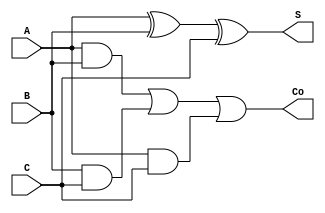
module CSA_Cell(
    input wire A,
    input wire B,
    input wire C,
    output wire S,
    output wire Co
);
    assign S = A ^ B ^ C;  // Sum output
    assign Co = (A & B) | (B & C) | (A & C);  // Carry output
endmodule